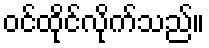
ဝင်ထိုင်လိုက်သည်။